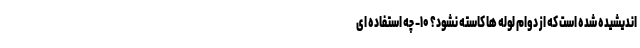
اندیشیده شده است که از دوام لوله ها کاسته نشود؟ ۱۰- چه استفاده ای